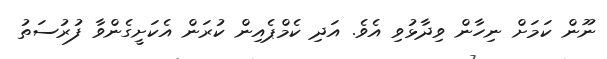
ނޫން ކަމަށް ނިހާން ވިދާޅުވި އެވެ. އަދި ކެމްޕެއިން ކުރަން އެކަށީގެންވާ ފުރުސަތު